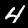
Digit: 4